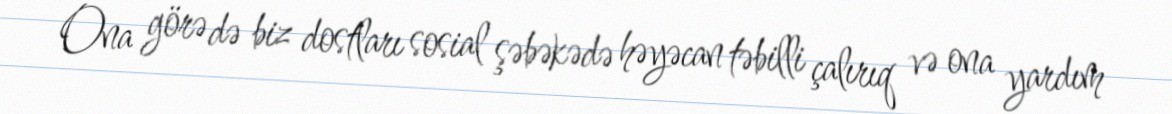
Ona görə də biz dostları sosial şəbəkədə həyəcan təbilli çalırıq və ona yardım